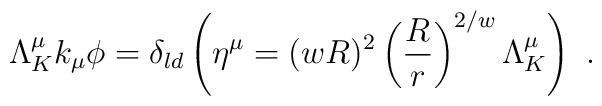
\Lambda_K^\mu k_\mu \phi= \delta_{ld}\left(\eta^\mu=(wR)^2 \left({R\over r }\right)^{2/w}\Lambda_{K}^\mu  \right)\ .